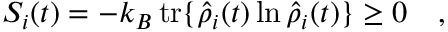
S _ { i } ( t ) = - k _ { B } \, \mathrm { t r } \{ \hat { \rho } _ { i } ( t ) \ln \hat { \rho } _ { i } ( t ) \} \geq 0 \quad ,